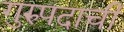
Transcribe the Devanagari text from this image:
गुरुपदाची